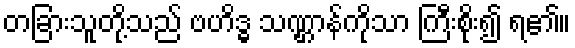
တခြားသူတို့သည် ဗဟိဒ္ဓ သဏ္ဌာန်ကိုသာ ကြီးစိုး၍ ရ၏။